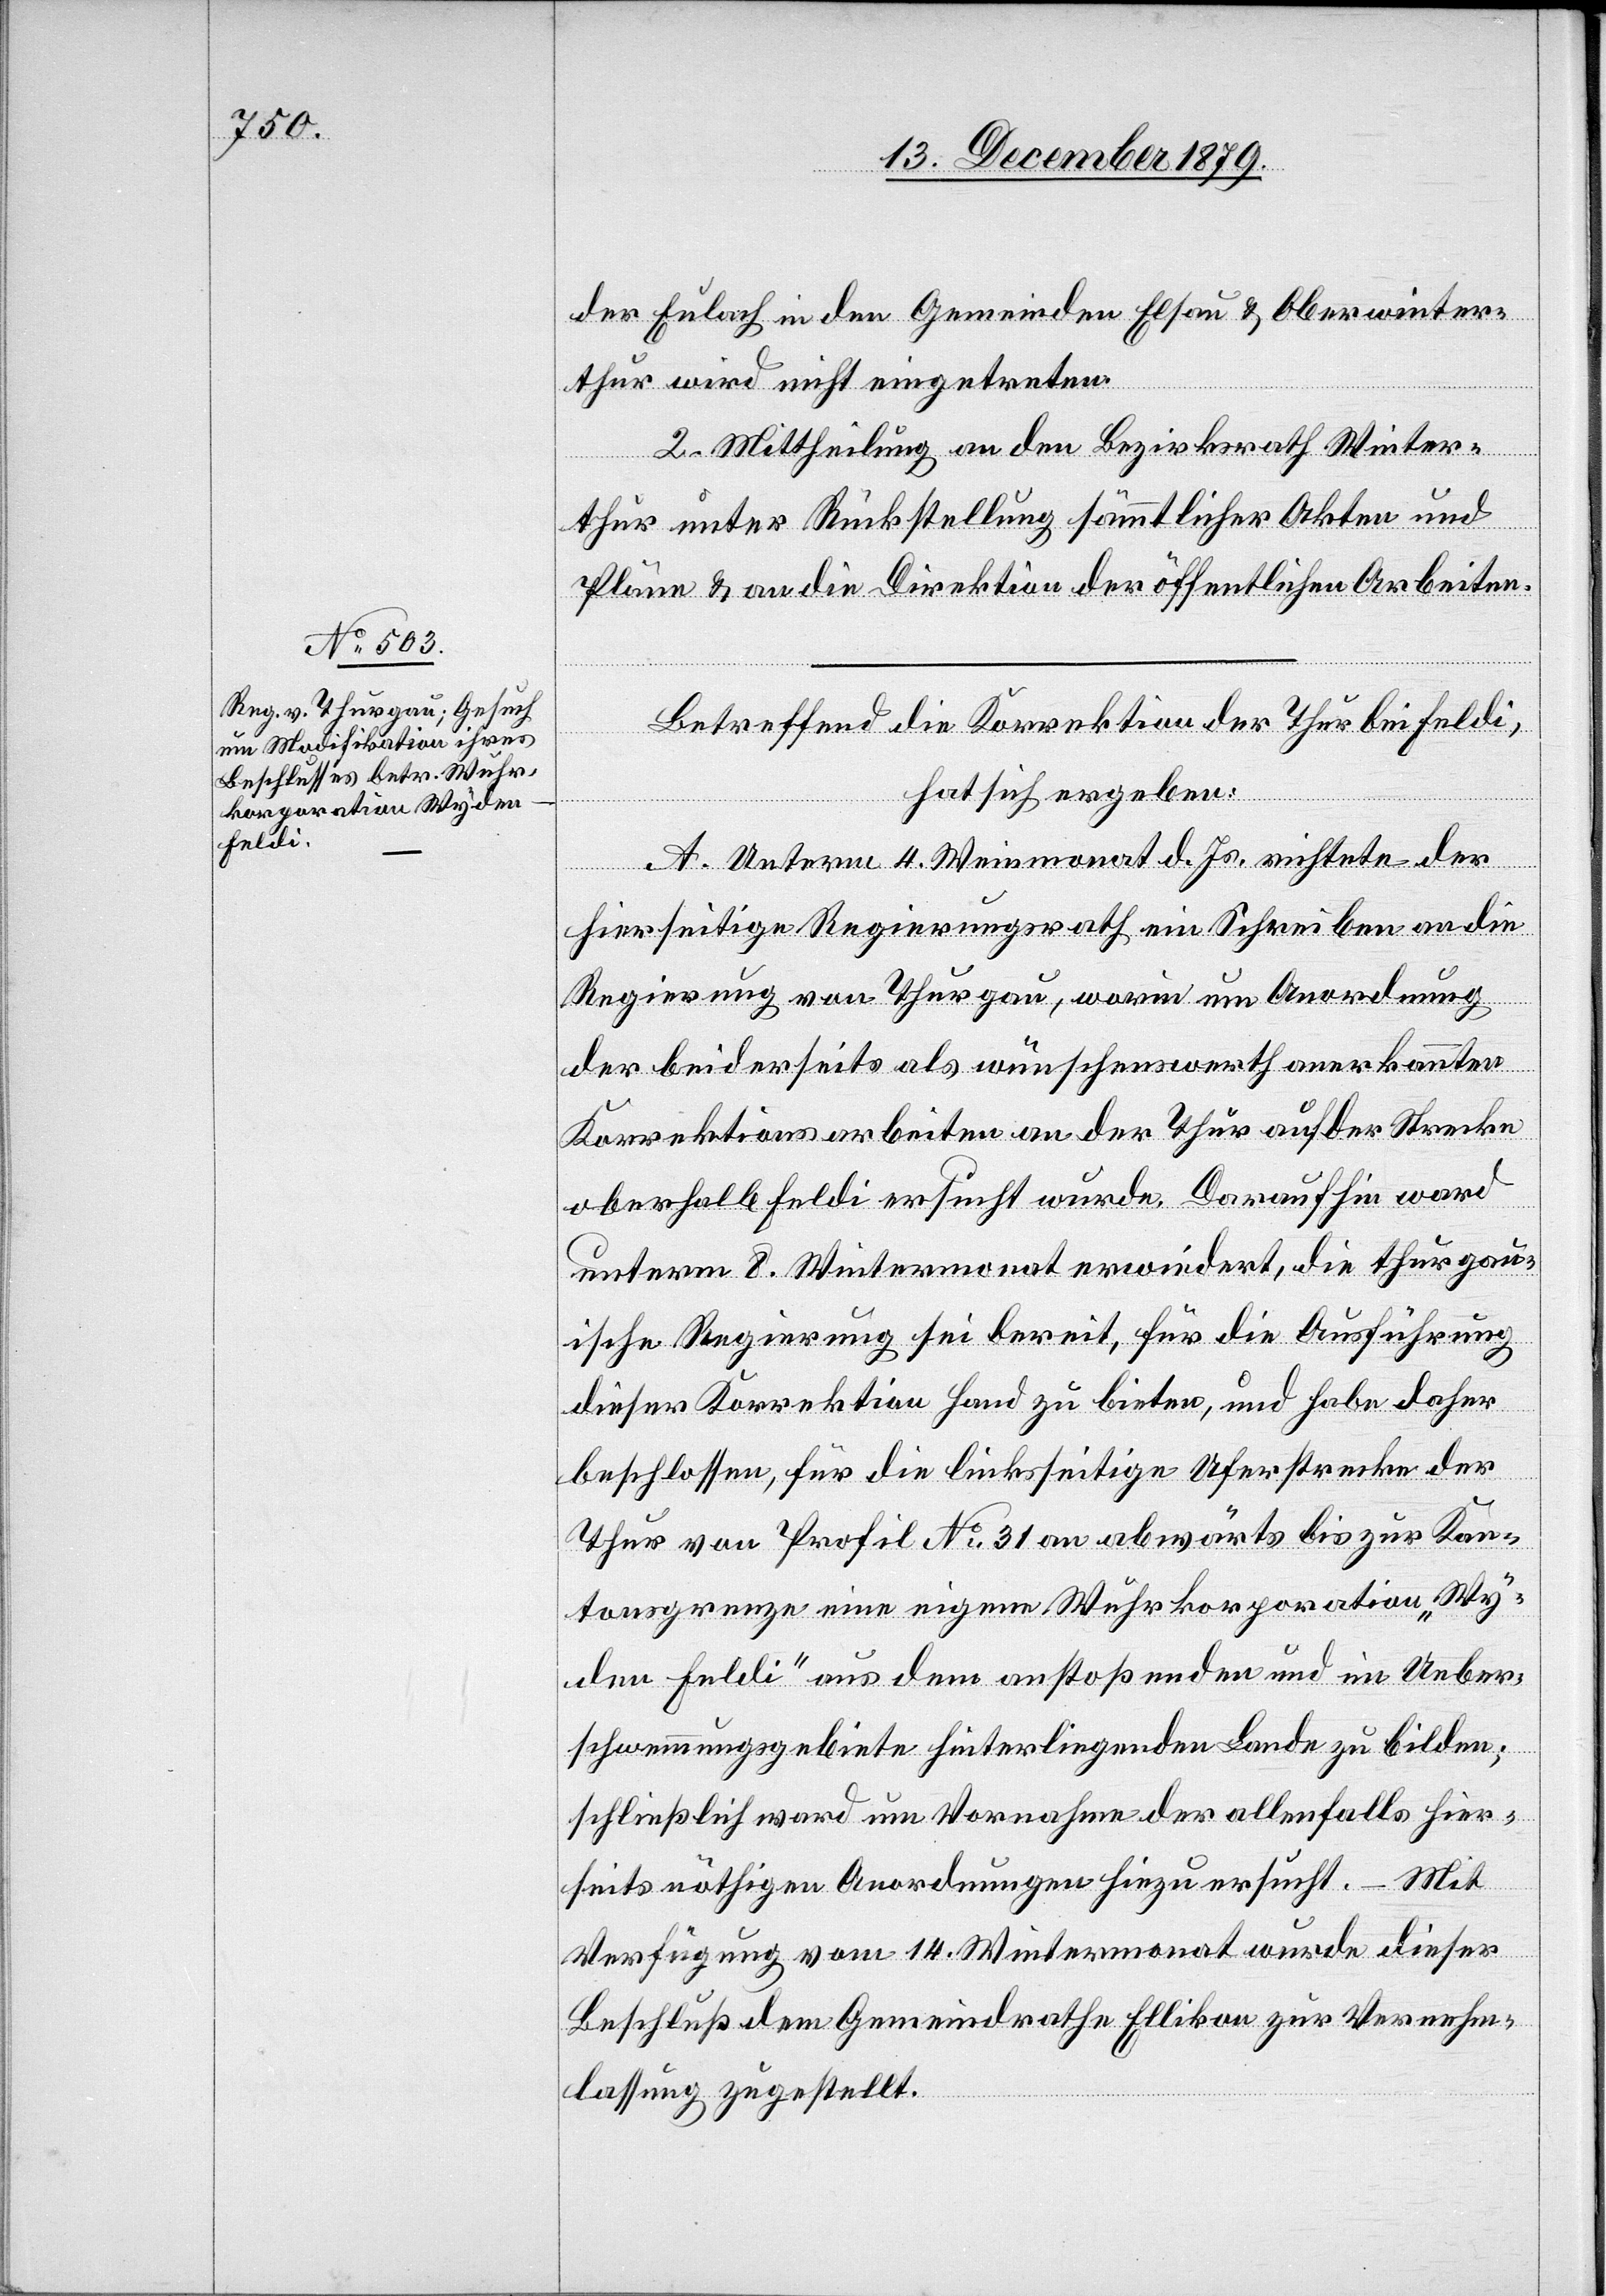
der Eulach in den Gemeinden Elsau & Oberwinter¬
thur wird nicht eingetreten.
2. Mittheilung an den Bezirksrath Winter¬
thur unter Rückstellung sämmtlicher Akten und
Pläne & an die Direktion der öffentlichen Arbeiten.
Betreffend die Korrektion der Thur bei Feldi,
hat sich ergeben:
A. Unterm 4. Weinmonat d. Js. richtete der
hierseitige Regierungsrath ein Schreiben an die
Regierung von Thurgau, worin um Anordnung
der beiderseits als wünschenswerth anerkannten
Korrektionsarbeiten an der Thur auf der Strecke
oberhalb Feldi ersucht wurde. Daraufhin ward
unterm 8. Wintermonat erwiedert, die thurgau¬
ische Regierung sei bereit, für die Ausführung
dieser Korrektion Hand zu bieten, und habe daher
beschlossen, für die linksseitige Uferstrecke der
Thur von Profil No 31 an abwärts bis zur Kan¬
tonsgrenze eine eigene Wuhrkorporation „Wy¬
den Feldi“ aus dem anstoßenden und im Ueber¬
schwemmungsgebiete hinterliegenden Lande zu bilden;
schließlich ward um Vornahme der allenfalls hier¬
seits nöthigen Anordnungen hinzu ersucht. – Mit
Verfügung vom 14. Wintermonat wurde dieser
Beschluß dem Gemeindrathe Ellikon zur Vernehm¬
lassung zugestellt.